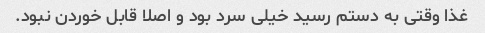
غذا وقتی به دستم رسید خیلی سرد بود و اصلا قابل خوردن نبود.